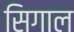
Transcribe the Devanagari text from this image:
सिगाल